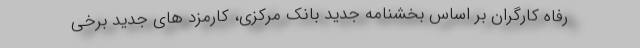
رفاه کارگران بر اساس بخشنامه جدید بانک مرکزی، کارمزد های جدید برخی